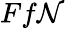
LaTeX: Ff\mathcal{N}